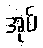
အုပ်